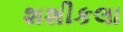
શશીકલા